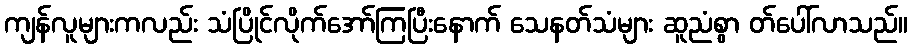
ကျန်လူများကလည်း သံပြိုင်လိုက်အော်ကြပြီးနောက် သေနတ်သံများ ဆူညံစွာ တ်ပေါ်လာသည်။